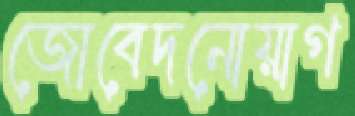
জোবেদনোয়াগ